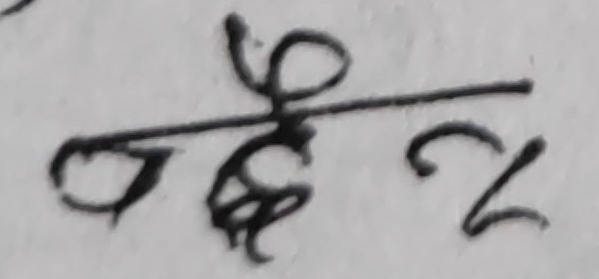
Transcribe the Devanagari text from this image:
जद्ये२